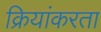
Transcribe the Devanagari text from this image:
क्रियांकरता